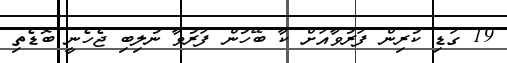
19 ގަޑި ކުރިން ފަރުވާއަށް ކާ ބޭހުން ފަރުވާ ނުލިބި ޖެހެނީ ބޮޑެތި